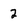
Character: 2